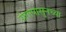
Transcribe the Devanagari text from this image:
रोगापासुनच्या